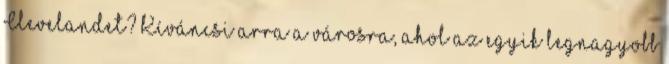
Clevelandet? Kíváncsi arra a városra, ahol az egyik legnagyobb